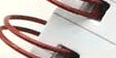
معالجتك